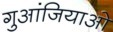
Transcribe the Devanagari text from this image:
गुआंजियाओ